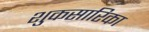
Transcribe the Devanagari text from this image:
शुकसारिका